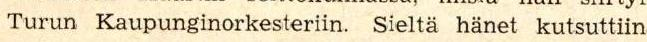
Turun Kaupunginorkesteriin. Sieltä hänet kutsuttiin